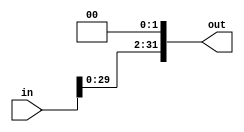
`timescale 1ns / 1ps

module LeftShift2(
    input[31:0] in,
    output[31:0] out
    );
    assign out = in << 2;
endmodule